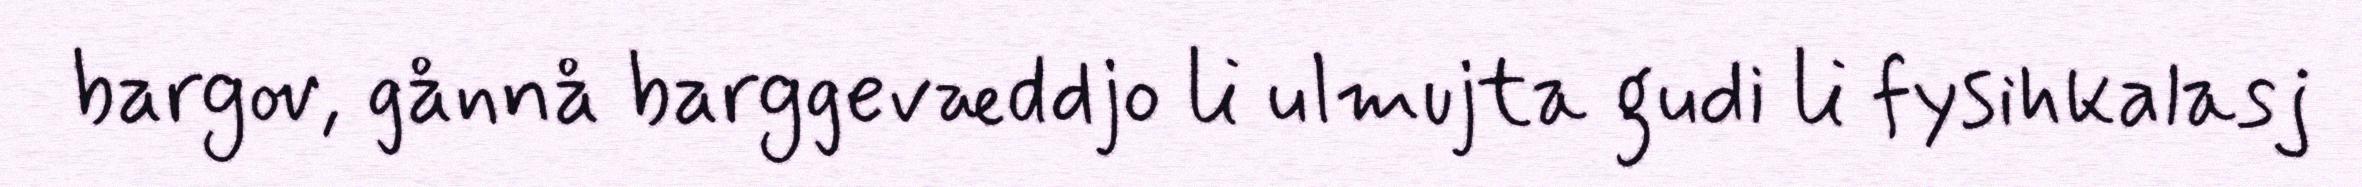
bargov, gånnå barggevæddjo li ulmujta gudi li fysihkalasj